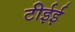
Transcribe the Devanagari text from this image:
टीईई